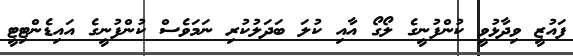
ފައުޒީ ވިދާޅުވީ ކުންފުނީގެ ލޯގޯ އާއި ކުލަ ބަދަލުކުރި ނަމަވެސް ކުންފުނީގެ އައިޑެންޓިޓީ